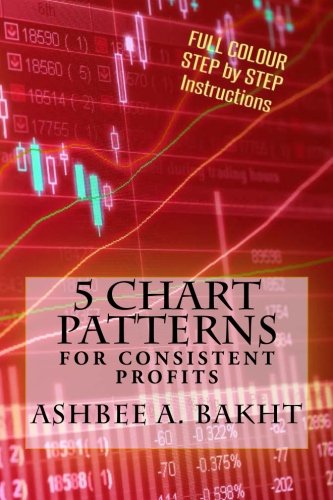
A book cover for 5 Chart Patterns: For Consistent Profits; Ashbee A. Bakht; Business & Money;